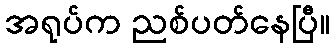
အရုပ်က ညစ်ပတ်နေပြီ။